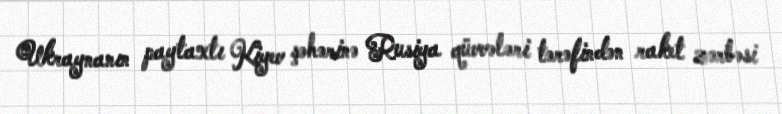
Ukraynanın paytaxtı Kiyev şəhərinə Rusiya qüvvələri tərəfindən raket zərbəsi